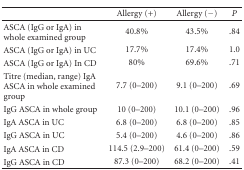
<table><thead><tr><td></td><td><b>Allergy (+)</b></td><td><b>Allergy (−)</b></td><td><b><i>P</i></b></td></tr></thead><tbody><tr><td>ASCA (IgG or IgA) in whole examined group</td><td>40.8%</td><td>43.5%</td><td>.84</td></tr><tr><td>ASCA (IgG or IgA) in UC</td><td>17.7%</td><td>17.4%</td><td>1.0</td></tr><tr><td>ASCA (IgG or IgA) In CD</td><td>80%</td><td>69.6%</td><td>.71</td></tr><tr><td>Titre (median, range) IgA ASCA in whole examined group</td><td>7.7 (0–200)</td><td>9.1 (0–200)</td><td>.69</td></tr><tr><td>IgG ASCA in whole group</td><td>10 (0–200)</td><td>10.1 (0–200)</td><td>.96</td></tr><tr><td>IgA ASCA in UC</td><td>6.8 (0–200)</td><td>6.8 (0–200)</td><td>.85</td></tr><tr><td>IgG ASCA in UC</td><td>5.4 (0–200)</td><td>4.6 (0–200)</td><td>.86</td></tr><tr><td>IgA ASCA in CD</td><td>114.5 (2.9–200)</td><td>61.4 (0–200)</td><td>.59</td></tr><tr><td>IgG ASCA in CD</td><td>87.3 (0–200)</td><td>68.2 (0–200)</td><td>.41</td></tr></tbody></table>